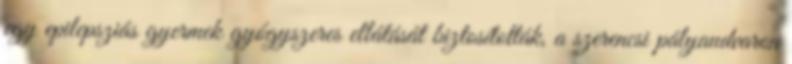
egy epilepsziás gyermek gyógyszeres ellátását biztosították, a szerencsi pályaudvaron